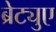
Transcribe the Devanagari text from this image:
ब्रेट्युए